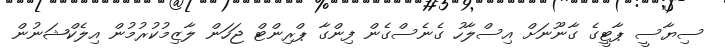
ސިޔާސީ ޕާޓީގެ ގާނޫނަށް އިސްލާހު ގެނެސްގެން ފިންގާ ޕްރިންޓް ޖަހަން ލާޒިމުކުރުމުން އިލެކްޝަނުން